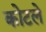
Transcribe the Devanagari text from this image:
कोटले